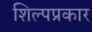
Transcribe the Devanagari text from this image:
शिल्पप्रकार